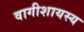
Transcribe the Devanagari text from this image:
वागीशायस्य